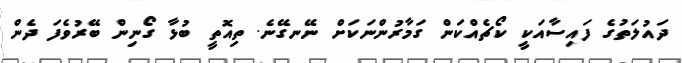
ދައުލަތުގެ ފައިސާއަކީ ކޯޗެއްކަން ގަމާރުންނަކަށް ނޭނގޭނެ. ތިއޮތީ ބުޅާ ގޯނިން ބޭރުވެފަ ދެން